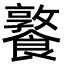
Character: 𩞤